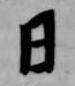
日